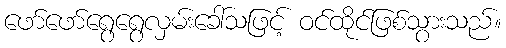
ဖော်ဖော်ရွေရွေလှမ်းခေါ်သဖြင့် ဝင်ထိုင်ဖြစ်သွားသည်။